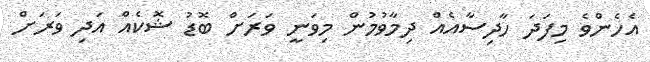
އެހެންވެ މިފަދަ ހާދިސާއެއް ދިމާވުމުން މިވަނީ ވަރަށް ބޮޑު ޝޮކެއް އަދި ވަރަށް